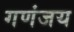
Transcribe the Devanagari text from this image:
गणंजय